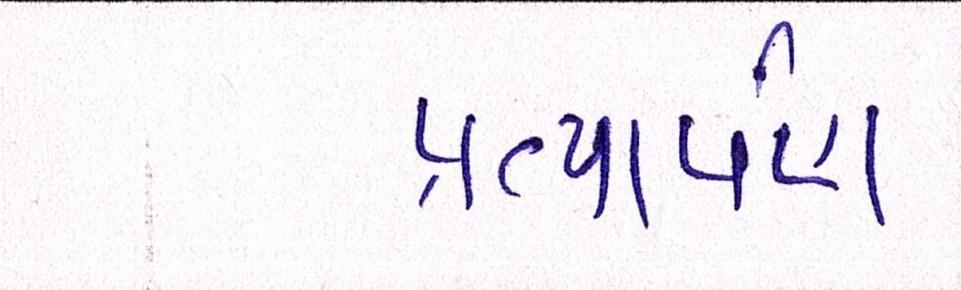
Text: પ્રત્યાર્પણ